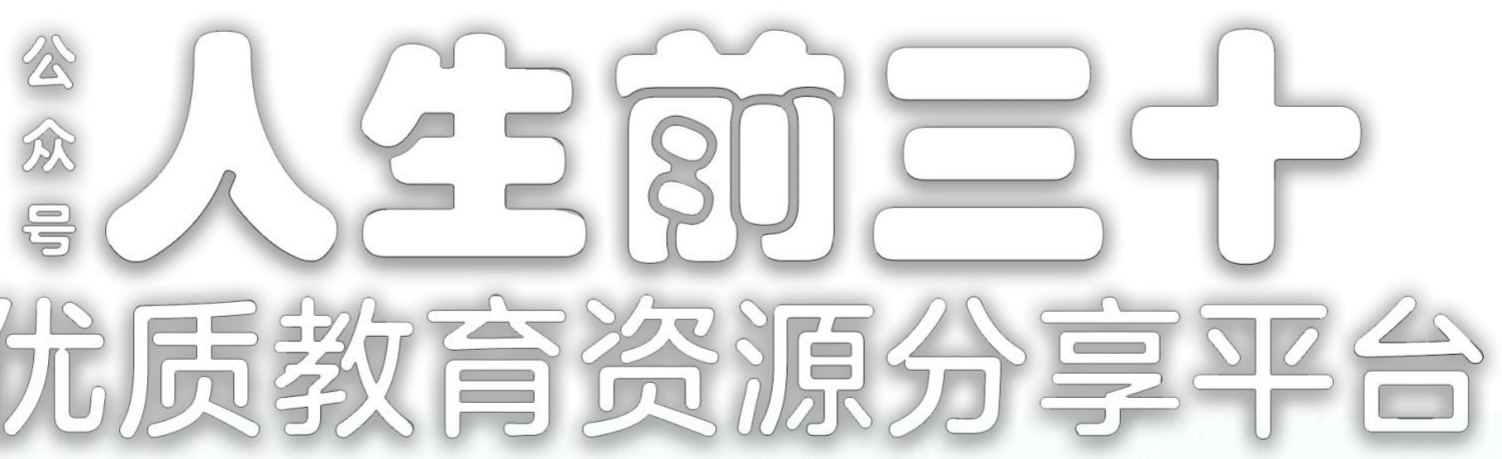
公众号 人生前三十 优质教育资源分享平台